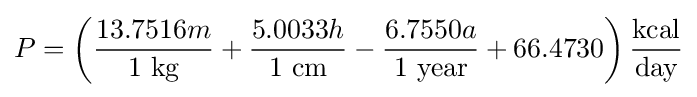
P=\left({\frac {13.7516m}{1~{\text{kg}}}}+{\frac {5.0033h}{1~{\text{cm}}}}-{\frac {6.7550a}{1~{\text{year}}}}+66.4730\right){\frac {\text{kcal}}{\text{day}}}